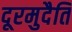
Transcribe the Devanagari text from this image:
दूरमुदैति